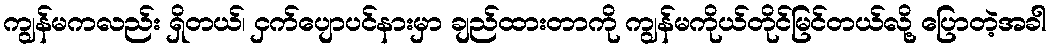
ကျွန်မကလည်း ရှိတယ်၊ ငှက်ပျောပင်နားမှာ ချည်ထားတာကို ကျွန်မကိုယ်တိုင်မြင်တယ်လို့ ပြောတဲ့အခါ